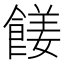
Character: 𩝅